Vaccination in Bombay 1889-1901 - 1889-1901
Year: 1889
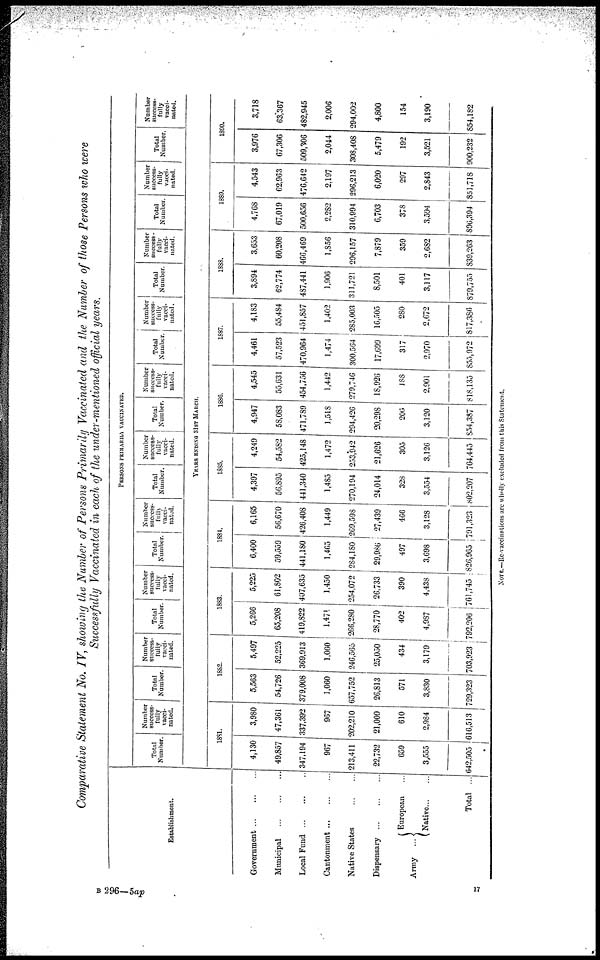
Comparative Statement No. IV, showing the Number of Persons Primarily Vaccinated and the Number of those Persons who were
Successfully Vaccinated in each of the under-mentioned official years.
Establishment.
Government...
...
...
Municipal
...
...
...
Local
Fund...
...
...
Cantonment...
...
...
Native States
...
...
Dispensary
...
...
...
Army ...
European ...
Native...
...
Total ...
PERSONS PRIMARILY VACCINATED.
Total
Number.
Number
success-
fully
vacci-
nated.
Total
Number.
Number
success-
fully
vacci-
nated.
Total
Number.
Number
success-
fully
vacci-
nated.
Total
Number.
Number
success¬
fully
vacci¬
nated.
Total
Number.
Number
success-
fully
vacci-
nated.
Total
Number.
Number
success-
fully
vacci-
nated.
Total
Number.
Number
success¬
fully
vacci¬
nated.
Total
Number.
Number
success
fully
vacci-
nated.
Total
Number.
Number
success-
fully
vacci-
nated.
Total
Number.
Number
success-
fully
vacci-
nated.
YEARS ENDING 31ST MARCH.
1881.
4,130
49,857
347,194
967
213,411
22,732
659
3,555
642,505
3,980
47,361
337,392
967
202,210
21,009
610
2,984
616,513
1882.
5,563
54,726
379,008
1,060
657,752
26,813
571
3,830
729,323
5,497
52,225
369,913
1,060
246,565
25,050
434
3,179
703,923
1883.
5,266
65,208
419,822
1,471
266,280
28,770
402
4,987
792,206
5,225
61,802
407,635
1,450
254,072
26,733
390
4,438
761,745
1884.
6,400
59,559
441,180
1,465
284,180
29,986
497
3,698
826,965
6,165
56,670
426,408
1,449
269,598
27,439
466
3,128
791,323
1885.
4,397
56,895
441,340
1,485
270,194
24,014
328
3,554
802,207
4,249
54,582
425,148
1,472
253,942
21,626
305
3,126
764,445
1886.
4,947
58,083
471,780
1,518
294,426
20,298
206
3,120
854,387
4,545
55,631
454,756
1,442
279,746
18,926
188
2,901
818,135
1887.
4,461
57,523
470,964
1,474
300,564
17,699
317
2,970
855,972
4,183
55,484
451,857
1,402
285,003
16,505
280
2,672
817,386
1888.
3,894
62,774
487,441
1,906
311,721
8,501
401
3,117
879,755
3,653
60,208
466,469
1,856
296,157
7,879
359
2,682
839,263
1889.
4,768
67,019
500,656
2,282
310,994
6,703
378
3,594
896,394
4,543
62,963
476,642
2,197
296,213
6,020
297
2,843
851,718
1890.
3,976
67,306
509,306
2,044
308,408
5,479
192
3,521
900,232
3,718
63,367
482,945
2,006
294,002
4,800
154
3,190
854,182
NOTE.—Re-vaccinations are wholly excluded from this Statement.
B 296—5ap
17